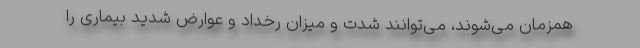
همزمان می‌شوند، می‌توانند شدت و میزان رخداد و عوارض شدید بیماری را